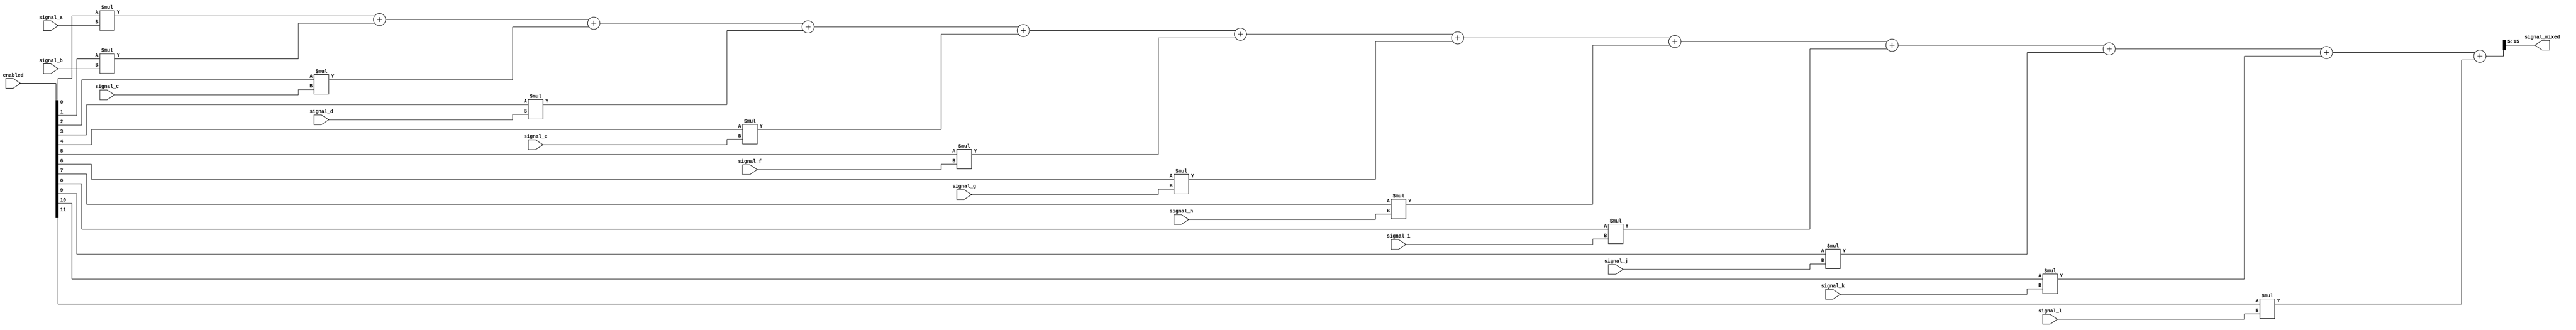
/**************************************************************************************
------ Module Description -----
Name            > Mixer.v
Author          > Callum Tilbury

Description     > Uniformly mix a bus of 8 input signals into a single output

Usage:
 Accepts        > 8 x 11-bit signals
                > 1 x  8-bit enable bitmask
 Returns        > 1 x 11-bit mixed signal

Clocking & Reset:
 Requires Clock > No
 Reset Bit      > No
 Enable Bit     > No ... (enable bitmask  see above)
**************************************************************************************/

module mixer(
    // Signal Inputs
    // TODO: Would it be better to do this:
    //          input [10:0] signals [0:7]  ?
    //  Then, when inputting to the module, you can just concatenate 
    //     the input signals: mixer({signal_a, signal_b, ...})?
    input [10:0] signal_a,
    input [10:0] signal_b,
    input [10:0] signal_c,
    input [10:0] signal_d,
    input [10:0] signal_e,
    input [10:0] signal_f,
    input [10:0] signal_g,
    input [10:0] signal_h,
    input [10:0] signal_i,
    input [10:0] signal_j,
    input [10:0] signal_k,
    input [10:0] signal_l,
    
    // Enabled bitmask input
    input [11:0] enabled,
    // Outputs
    output [10:0] signal_mixed
);

    // TODO: Is there a more efficient way of doing this using logic instead of multiplication?
    wire [15:0] signal_mixed_prescale =
        enabled[0] * signal_a + 
        enabled[1] * signal_b + 
        enabled[2] * signal_c + 
        enabled[3] * signal_d + 
        enabled[4] * signal_e + 
        enabled[5] * signal_f + 
        enabled[6] * signal_g + 
        enabled[7] * signal_h +
        enabled[8] * signal_i + 
        enabled[9] * signal_j + 
        enabled[10] * signal_k + 
        enabled[11] * signal_l;

    // Normalize the mixed signal back to 11 bits
    assign signal_mixed = (signal_mixed_prescale >> 5);

endmodule